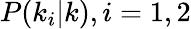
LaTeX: P(k_{i}|k),i=1,2